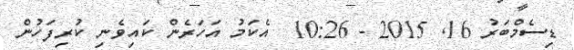
ޑިސެމްބަރު 16